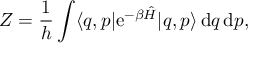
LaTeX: Z = { \frac { 1 } { h } } \int \langle q , p | \mathrm { e } ^ { - \beta { \hat { H } } } | q , p \rangle \, \mathrm { d } q \, \mathrm { d } p ,